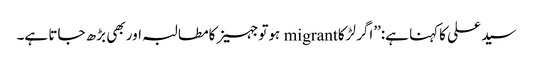
سید علی کاکہنا ہے:’’اگر لڑکا migrant ہوتوجہیزکامطالبہ اور بھی بڑھ جاتا ہے۔